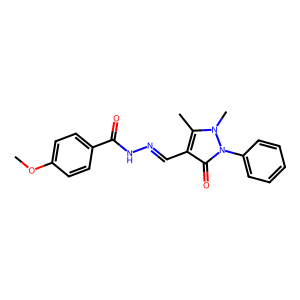
SMILES: COc1ccc(C(=O)NN=Cc2c(C)n(C)n(-c3ccccc3)c2=O)cc1
Inhibits HIV replication: No